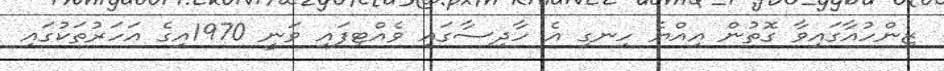
ޒިންހުއާގައިވާ ގޮތުން އިއްޔެ ހިނގި އެ ހާދިސާގައި ވެއްޓިފައި ވަނީ 1970އިގެ އަހަރުތަކުގައި